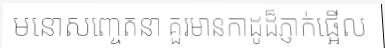
មនោសញ្ចេតនា គួរមានកាដូដ៏ភ្ញាក់ផ្អើល